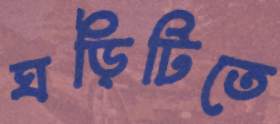
ঘড়িটিতে